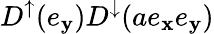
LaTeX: D^{\uparrow}(e_{\mathbf{y}})D^{\downarrow}(ae_{\mathbf{x}}e_{\mathbf{y}})